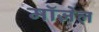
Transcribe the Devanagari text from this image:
मॉज़ेल